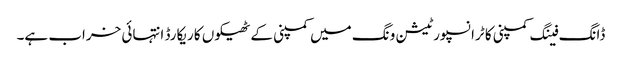
ڈانگ فینگ کمپنی کا ٹرانسپورٹیشن ونگ میں کمپنی کے ٹھیکوں کا ریکارڈ انتہائی خراب ہے۔